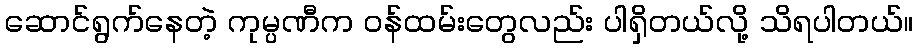
ဆောင်ရွက်နေတဲ့ ကုမ္ပဏီက ဝန်ထမ်းတွေလည်း ပါရှိတယ်လို့ သိရပါတယ်။